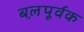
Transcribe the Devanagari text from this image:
बल़पूर्वक